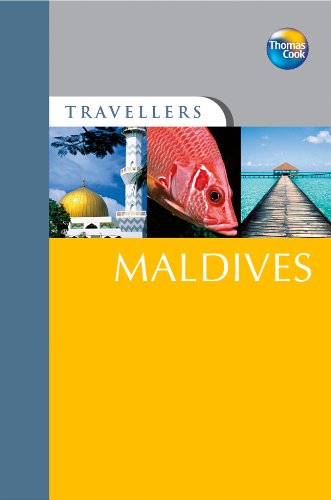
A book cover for Travellers Maldives, 2nd (Travellers - Thomas Cook); Thomas Cook Publishing; Travel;